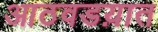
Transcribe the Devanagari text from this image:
आठवडय़ात